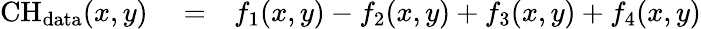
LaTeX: \begin{array}{rlr}{\mathrm{CH}_{\mathrm{data}}(x,y)}&{{}=}&{f_{1}(x,y)-f_{2}(x,y)+f_{3}(x,y)+f_{4}(x,y)}\end{array}